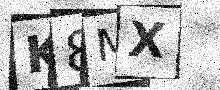
Text: K8MX